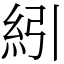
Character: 紖